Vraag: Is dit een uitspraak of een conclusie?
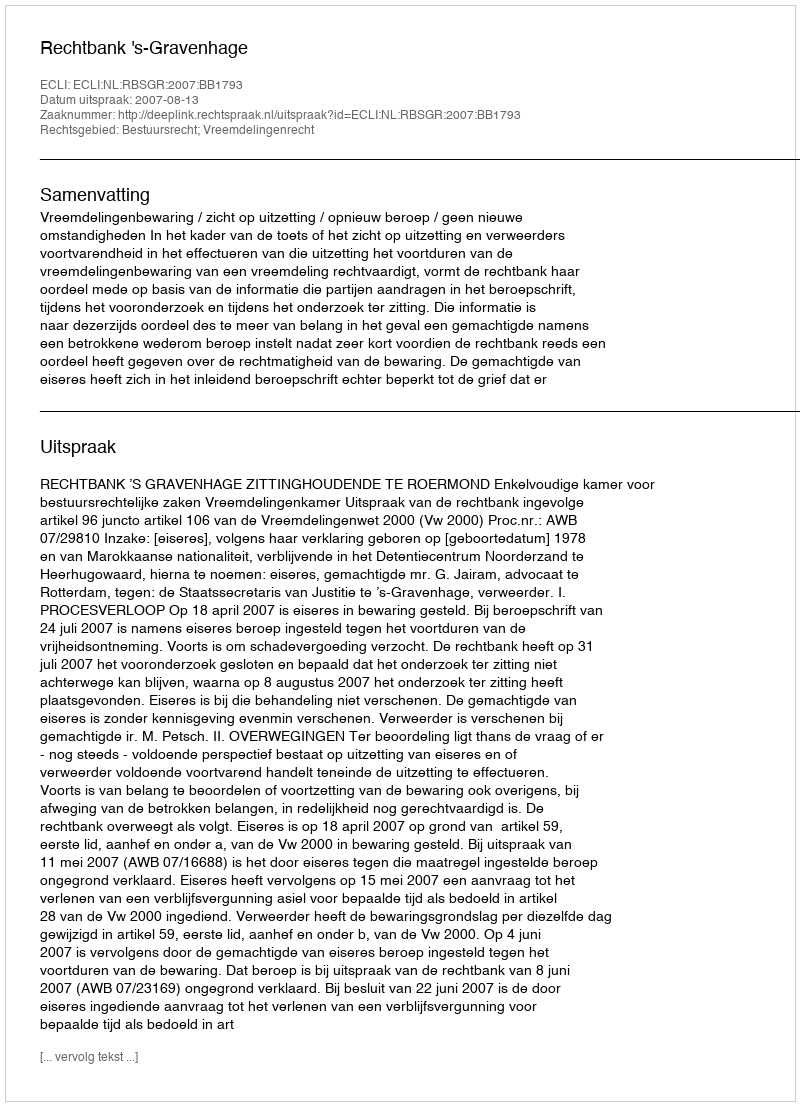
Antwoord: Uitspraak